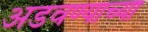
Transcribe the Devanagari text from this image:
अडवण्याच्या